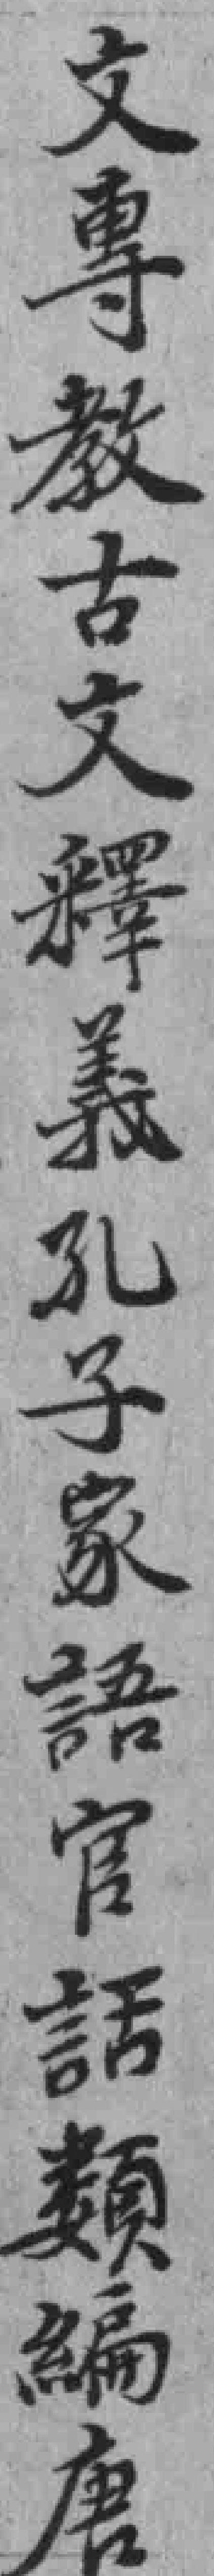
文專教古文釋義孔子家語官話𩔗編唐